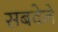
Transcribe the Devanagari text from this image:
सबवेने